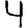
Digit: 4